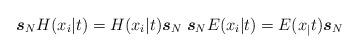
LaTeX: \begin{align*}\boldsymbol{s}_{N}H(x_i|t)=H(x_i|t)\boldsymbol{s}_{N}\;\boldsymbol{s}_{N}E(x_i|t)=E(x_|t)\boldsymbol{s}_{N}\end{align*}